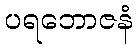
ပရဘောဇနံ